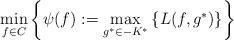
LaTeX: \begin{align*}\min_{f\in C}\left\{\psi(f):=\max_{g^*\in -K^*}\left\{L(f, g^*)\right\}\right\}\end{align*}